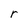
Character: r